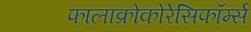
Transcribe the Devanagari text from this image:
फालाक्रोकोरेसिफॉर्म्स